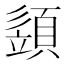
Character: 𩓣